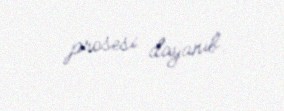
prosesi dayanıb.